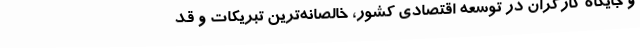
و جایگاه کارگران در توسعه اقتصادی کشور، خالصانه‌ترین تبریکات و قد